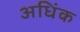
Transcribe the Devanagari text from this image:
अधिंक